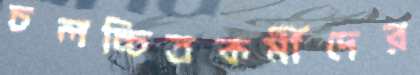
চলচ্চিত্রকর্মীদের